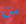
من